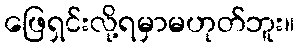
ဖြေရှင်းလို့ရမှာမဟုတ်ဘူး။